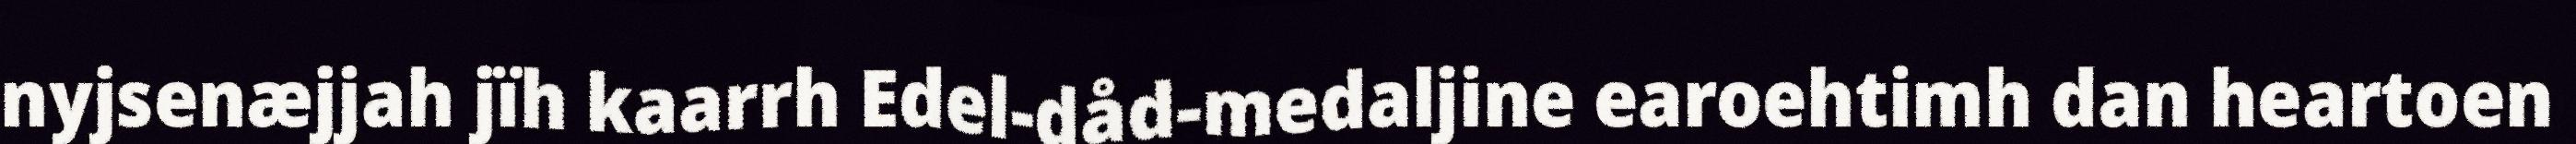
nyjsenæjjah jïh kaarrh Edel-dåd-medaljine earoehtimh dan heartoen